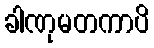
ခါဏုမတကာပိ